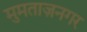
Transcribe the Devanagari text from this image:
मुमताज़नगर